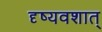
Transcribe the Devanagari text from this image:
दृष्यवशात्